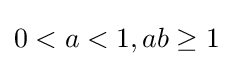
{\textstyle 0<a<1,ab\geq 1}